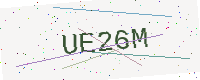
Text: UE26M